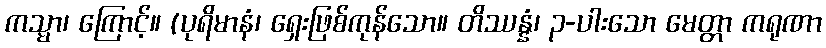
ကသ္မာ၊ ကြောင့်။ (ပုရိမာနံ၊ ရှေးဖြစ်ကုန်သော။ တိဿန္နံ၊ ၃-ပါးသော မေတ္တာ ကရုဏာ